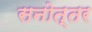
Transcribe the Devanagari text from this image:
सनोत्तर